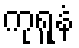
ကုရူနံ